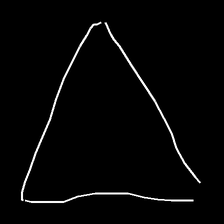
Glyph: convergence